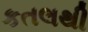
કતલથી